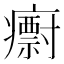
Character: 𭼱